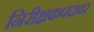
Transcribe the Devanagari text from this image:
निरीक्षकपदावर